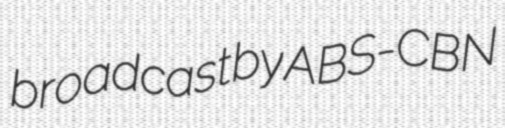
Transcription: broadcast by ABS-CBN